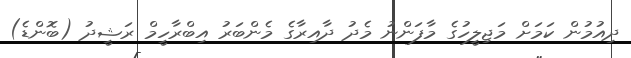
ދިއުމުން ކަމަށް މަޖިލީހުގެ މާފަންނު މެދު ދާއިރާގެ މެންބަރު އިބްރާހީމް ރަޝީދު (ބޮންޑެ)